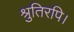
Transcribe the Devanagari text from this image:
श्रुतिरपि।